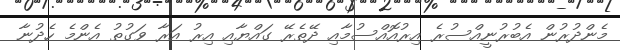
މެންދުރުން އެބުރުނީއްސުރެ އިރުއޮއްސުމާއި ދޭތެރޭ ގައްޔާއި އިރު އަރާ ވަގުތު އެންމެ ހެދުނާ